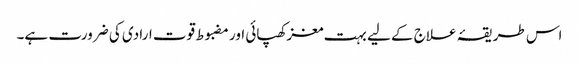
اس طریقۂ علاج کے لیے بہت مغز کھپائی اور مضبوط قوت ارادی کی ضرورت ہے۔